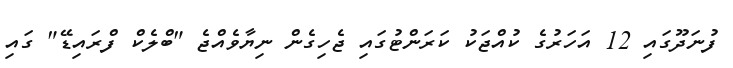
ފުނަދޫގައި 12 އަހަރުގެ ކުއްޖަކު ކަރަންޓުގައި ޖެހިގެން ނިޔާވެއްޖެ "ބްލެކް ފްރައިޑޭ" ގައި